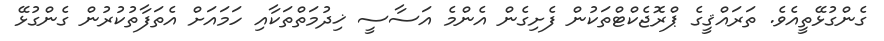
ގެންގުޅޭތީއެވެ. ތަރައްޤީގެ ޕްރޮޖެކްޓްތަކުން ފެށިގެން އެންމެ އަސާސީ ޚިދުމަތްތަކާއި ހަމައަށް އެތަފާތުކުރުން ގެންގުޅޭ